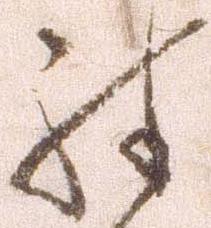
殊